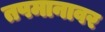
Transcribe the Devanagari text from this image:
तपमानावर